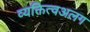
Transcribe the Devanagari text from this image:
व्यक्तित्वअलग